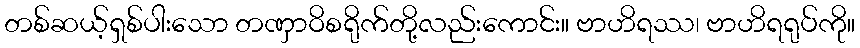
တစ်ဆယ့်ရှစ်ပါးသော တဏှာဝိစရိုက်တို့လည်းကောင်း။ ဗာဟိရဿ၊ ဗာဟိရရုပ်ကို။